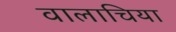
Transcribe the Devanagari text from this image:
वालाचिया